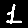
Digit: 1